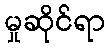
မှုဆိုင်ရာ